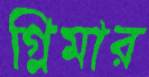
গ্লিমার